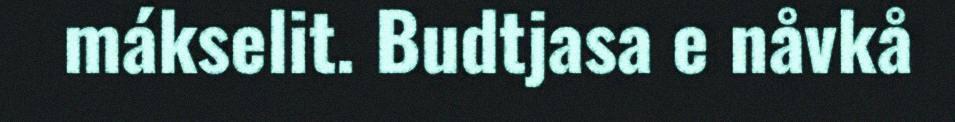
mákselit. Budtjasa e nåvkå